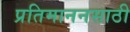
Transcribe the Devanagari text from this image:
प्रतिमाननसाठी